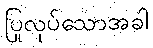
ပြုလုပ်သောအခါ